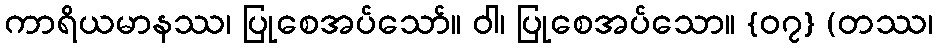
ကာရိယမာနဿ၊ ပြုစေအပ်သော်။ ဝါ၊ ပြုစေအပ်သော။ {၀၇} (တဿ၊